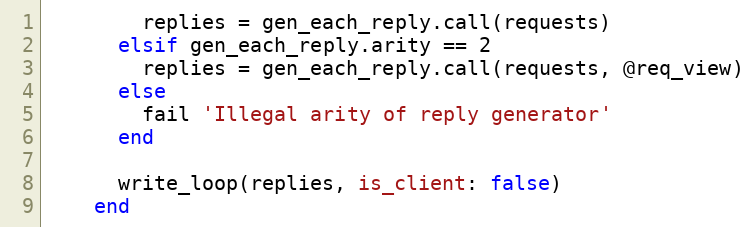
Language: Ruby
        replies = gen_each_reply.call(requests)
      elsif gen_each_reply.arity == 2
        replies = gen_each_reply.call(requests, @req_view)
      else
        fail 'Illegal arity of reply generator'
      end

      write_loop(replies, is_client: false)
    end